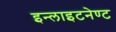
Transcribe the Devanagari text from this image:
इन्लाइटनेण्ट